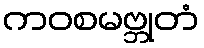
ကဝစမဗ္ဘုတံ